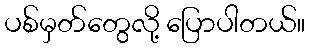
ပစ်မှတ်တွေလို့ ပြောပါတယ်။